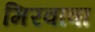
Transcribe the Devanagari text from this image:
मिरवावा